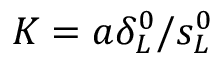
K = a \delta _ { L } ^ { 0 } / s _ { L } ^ { 0 }